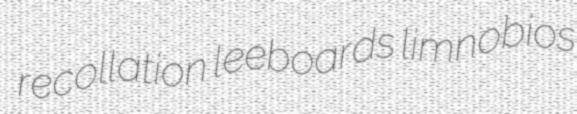
recollation leeboards limnobios